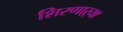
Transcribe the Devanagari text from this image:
शिरणाऱ्या